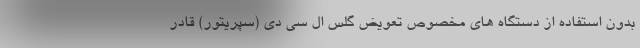
بدون استفاده از دستگاه های مخصوص تعویض گلس ال سی دی (سپریتور) قادر